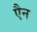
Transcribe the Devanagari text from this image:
एैन